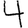
Digit: 4